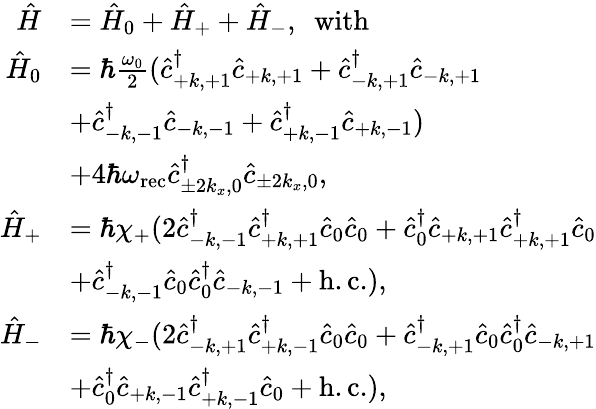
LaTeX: \begin{array}{rl}{\hat{H}}&{=\hat{H}_{0}+\hat{H}_{+}+\hat{H}_{-},\ \ \mathrm{with}}\\ {\hat{H}_{0}}&{=\hbar\frac{\omega_{0}}{2}(\hat{c}_{+k,+1}^{\dagger}\hat{c}_{+k,+1}+\hat{c}_{-k,+1}^{\dagger}\hat{c}_{-k,+1}}\\ &{+\hat{c}_{-k,-1}^{\dagger}\hat{c}_{-k,-1}+\hat{c}_{+k,-1}^{\dagger}\hat{c}_{+k,-1})}\\ &{+4\hbar\omega_{\mathrm{rec}}\hat{c}_{\pm 2k_{x},0}^{\dagger}\hat{c}_{\pm 2k_{x},0},}\\ {\hat{H}_{+}}&{=\hbar\chi_{+}(2\hat{c}_{-k,-1}^{\dagger}\hat{c}_{+k,+1}^{\dagger}\hat{c}_{0}\hat{c}_{0}+\hat{c}_{0}^{\dagger}\hat{c}_{+k,+1}\hat{c}_{+k,+1}^{\dagger}\hat{c}_{0}}\\ &{+\hat{c}_{-k,-1}^{\dagger}\hat{c}_{0}\hat{c}_{0}^{\dagger}\hat{c}_{-k,-1}+\mathrm{h.c.}),}\\ {\hat{H}_{-}}&{=\hbar\chi_{-}(2\hat{c}_{-k,+1}^{\dagger}\hat{c}_{+k,-1}^{\dagger}\hat{c}_{0}\hat{c}_{0}+\hat{c}_{-k,+1}^{\dagger}\hat{c}_{0}\hat{c}_{0}^{\dagger}\hat{c}_{-k,+1}}\\ &{+\hat{c}_{0}^{\dagger}\hat{c}_{+k,-1}\hat{c}_{+k,-1}^{\dagger}\hat{c}_{0}+\mathrm{h.c.}),}\end{array}